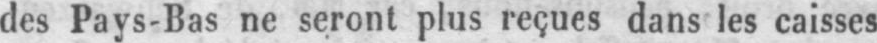
des Pays-Bas ne seront plus reçues dans les caisses